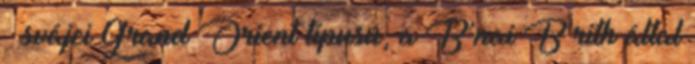
– svájci Grand Orient típusú, a B’nai B’rith által